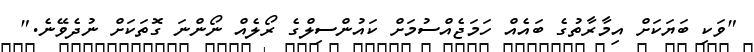
"ވަކި ބަޔަކަށް އިމާރާތުގެ ބައެއް ހަމަޖެއްސުމަށް ކައުންސިލްގެ ރޯލެއް ނޯންނަ ގޮތަކަށް ނުދެވޭނެ."